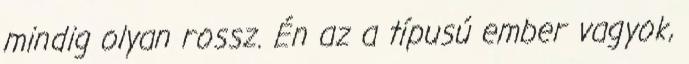
mindig olyan rossz. Én az a típusú ember vagyok,